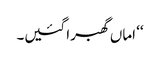
‘‘ اماں گھبرا گئیں۔